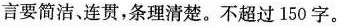
言要简洁、连贯，条理清楚。不超过150字。